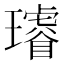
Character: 𤪻